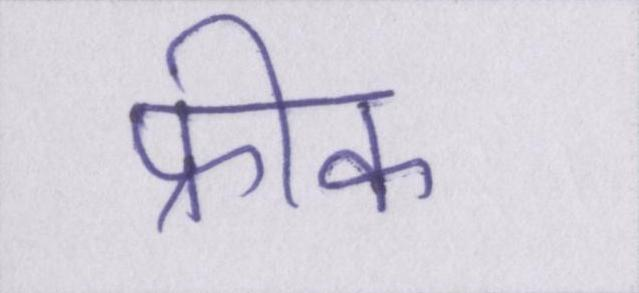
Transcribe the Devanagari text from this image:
फ्रीक